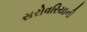
સરોવરિયાની